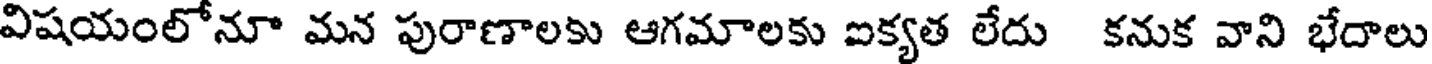
విషయంలోనూ మన పురాణాలకు ఆగమాలకు ఐక్యత లేదు కనుక వాని భేదాలు